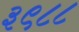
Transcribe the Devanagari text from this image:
३९८८